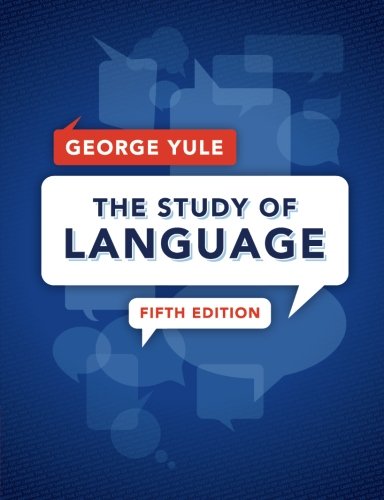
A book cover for The Study of Language; George Yule; Politics & Social Sciences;